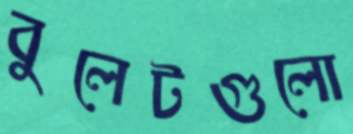
বুলেটগুলো